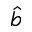
\hat { b }